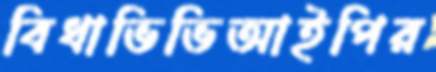
বিধাভিভিআইপির